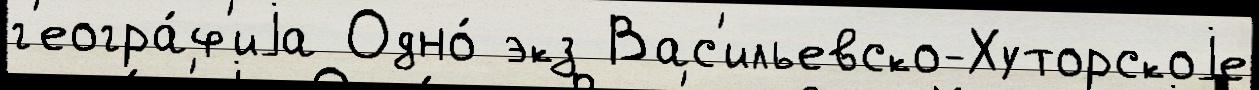
г'еогра́ф'иjа Одно́ экз Вас'ильевско-Хуторскоjе